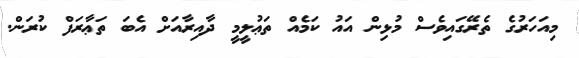
މިއަހަރުގެ ތެރޭގައިވެސް މުޅިން އައު ކަމެއް ތަޢުލީމީ ދާއިރާއަށް އެބަ ތަޢާރަފް ކުރަން.